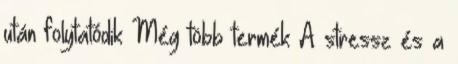
után folytatódik Még több termék A stressz és a